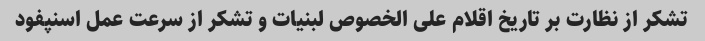
تشکر از نظارت بر تاریخ اقلام علی الخصوص لبنیات و تشکر از سرعت عمل اسنپفود